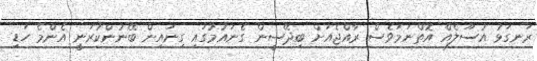
ރަނގަޅު އުސޫލެއް އޮތްނަމަވެސް ރާއްޖެއަށް ބިދޭސީން ގެނައުމުގައި ގިނައިން ބޭނުންކުރަނީ އެންމެ ހަޑި